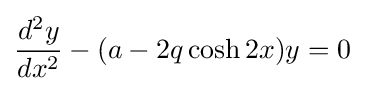
{\frac {d^{2}y}{dx^{2}}}-(a-2q\cosh 2x)y=0